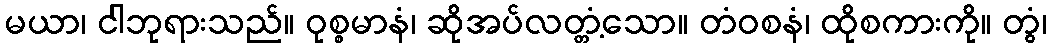
မယာ၊ ငါဘုရားသည်။ ဝုစ္စမာနံ၊ ဆိုအပ်လတ္တံ့သော။ တံဝစနံ၊ ထိုစကားကို။ တွံ၊